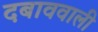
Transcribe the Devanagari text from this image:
दबाववाली